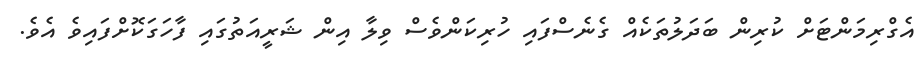
އެގްރިމަންޓަށް ކުރިން ބަދަލުތަކެއް ގެނެސްފައި ހުރިކަންވެސް ވިލާ އިން ޝަރީއަތުގައި ފާހަގަކޮށްފައިވެ އެވެ.